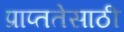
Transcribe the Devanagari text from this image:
प्राप्ततेसाठी